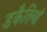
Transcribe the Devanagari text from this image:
डकैतियां